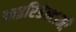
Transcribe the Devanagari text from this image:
आइरिडेक्टामी